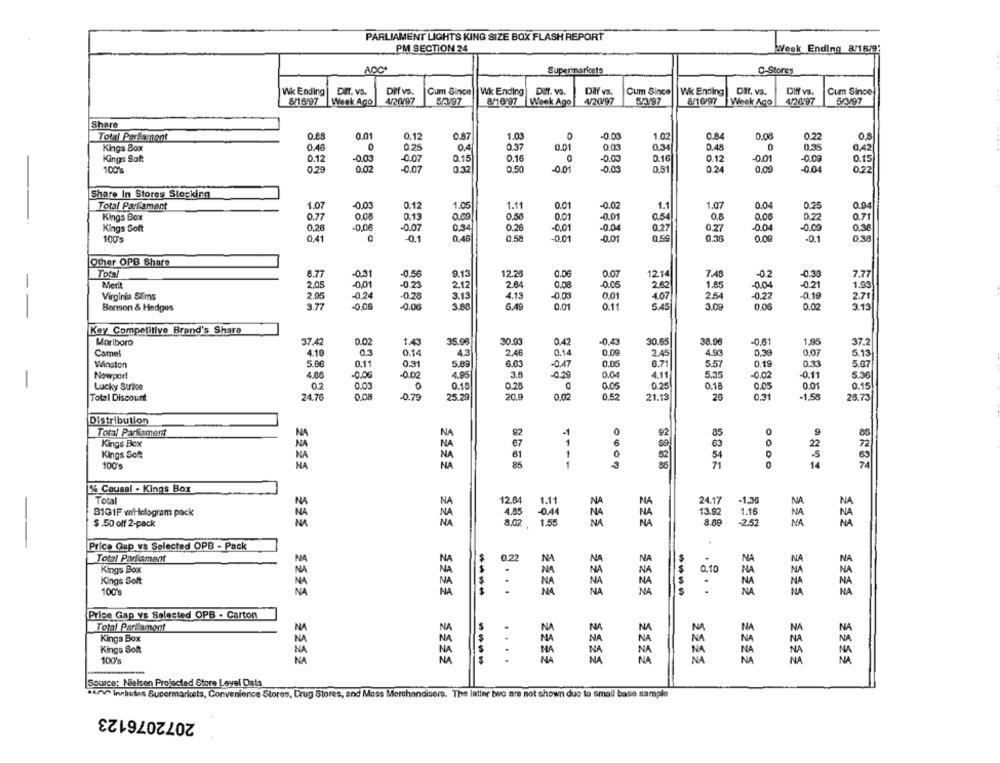
PARLIAMENT LIGHTS KING SIZE BOX FLASH REPORT
PM SECTION 24
Week Ending 8/16/9;
AOCª
Supermaricets
C-Stores
Wk Ending|
DIT. VS.
Diff vs.
Cur Since
Wk Ending
DET. VS.
Dif vs.
Cum Since
Wk Ending
DIf. vs.
Diff vs.
Cum Since
4/20/97
8/10/97
8/16/97
Week Ago
5/3/97
8/10/97 Week Ago
4/20/97
5/3/97
Week Ago
4/26/97
5/3/97
Share
Total ParFartont
0.01
0.12
0.87
1.03
-0.03
1.02
0.84
0.08
0.22
0.8
0.37
0.01
0.34
0,48
Kings Box
0.45
0.25
0.4
0.35
0.42
Kings Soft
0.12
-0.03
-0.07
0.15
0.16
0
-0.03
0.16
0.12
-0.01
0.15
100%
0,29
0.02
-0.07
0.32
0.50
-0.01
-0.03
0.51
0.24
0,09
-0.04
0.22
Share In Stores Stocking
Total Parliament
1.07
-0.03
0.12
1.05
1.11
0.01
-0.02
1.1
1.07
0.04
0.25
0.94
Kings Box
0.77
0.08
0.13
0.58
0.01
-0.01
0.54
0.8
0.06
0.22
0.71
Kings Soft
0,26
-0,06
-0.07
0,34
0.26
-0.01
-0.04
0.27
0.27
-0.04
-0.09
0.36
0.56
0.00
0.38
100
0.41
-0.1
0.46
0.58
-0.01
-0.01
0.36
-0.1
Other OPB Share
Total
8.77
-0.31
-0.56
9.13
12.25
0.07
7.48
02
7.77
-0,01
2.64
0.06
.0.05
1214
-0.35
1.99
-
Merit
2,05
-0.23
2.12
0.08
2.62
1.85
-0.04
0.21
Virginia Sims
2.95
-0.24
-0.28
3.13
4.15
0.00
0.01
4.07
2.54
-0.22
-0.19
3.77
-0,06
-0.06
0.01
0.11
5.45
3.08
0.00
0.02
2.71
3.13
Benson & Hedges
3.80
6.49
Key Competitive Brand's Share
Marlboro
37.42
0.02
1.43
35.98
30.93
0.42
-0,43
30.65
38.96
-0,61
1,95
37.2
Camel
4.19
0.14
2.46
0.09
2.45
4.93
0,39
0.07
5.13
4.3
0.14
Winston
5.00
0.11
0.31
5.89
6.63
-0.47
0.05
6.71
5.57
0.19
0.33
5.67
4.00
-0.00
-0.02
4.95
3.8
0.04
4.11
5.35
-0.02
-0.11
5.36
Nowport
Lucky Strike
02
0.03
0
0.10
0.26
0.05
0.25
0.18
0.05
0.01
0.15
Total Discount
24.7
0.08
-0.79
25.29
20.9
0.02
0,52
21.13
26
0.31
-1.58
26.73
Distribution
Total Parliament
82
0
92
85
0
9
85
Kings Box
NA
67
1
6
se
63
72
NA
Kings Sch
NA
NA
61
1
0
62
54
100's
NA
1
25
71
14
% Causal . Kings Box
Total
NA
NA
12.64
NA
MA
24.17
BIG1F wiHologram pack
1.11
-130
NA
NA
4.85
13.92
NA
$.50 off 2-pack
NA
NA
8.02 . 1.55
3.02
1.88
8.60
2.52
Price Gap vs Selected OPB - Pack
0.22
NA
MA
.
NA
NA
Total Parliament
Kings Box
-
NA
NA
NA
0.10
NA
Kings Soft
NA
NA
.
MA
NA
1009
NA
.. . .
NA
NA
----
NA
NA
Price Gap vs Selected OPB - Carton
Total Parliament
NA
NA
NA
NA
NA
NA
NA
Kinga Box
NA
NA
NA
NA
Kings Soft
NA
NA
100%
NA
---
....
NA
NA
NA
NA
NA
Source: Nielsen Projected Store Level Data
HANV Includes Supermarkets, Convenience Stores, Drug Stores, and Mess Merchandisers. The latter two are not shown due to small base sample
2072076123